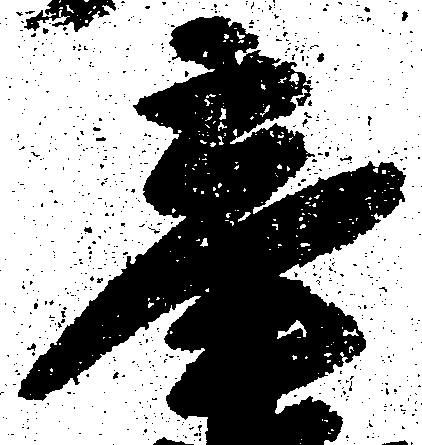
辛